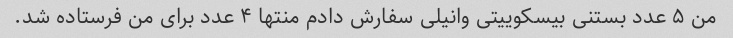
من ۵ عدد بستنی بیسکوییتی وانیلی سفارش دادم منتها ۴ عدد برای من فرستاده شد.